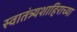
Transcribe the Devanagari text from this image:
स्वातंत्र्यशाहिराच्या